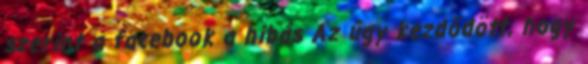
szerint a facebook a hibás Az úgy kezdődött, hogy